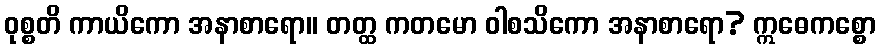
ဝုစ္စတိ ကာယိကော အနာစာရော။ တတ္ထ ကတမော ဝါစသိကော အနာစာရော? ဣဓေကစ္စော